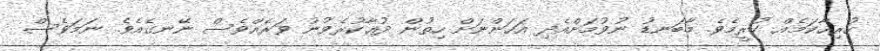
ހުރިހާކަމެއް ކުރީމެވެ. މާބަނޑު ނުވުމަށްއެދި އަހަންނަށް ހިތުން ދުޢާކުރެވުނު ވަރެއްވެސް ނޭނގެއެވެ. ނަމަވެސް